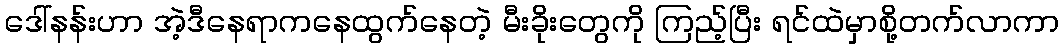
ဒေါ်နန်းဟာ အဲ့ဒီနေရာကနေထွက်နေတဲ့ မီးခိုးတွေကို ကြည့်ပြီး ရင်ထဲမှာစို့တက်လာကာ